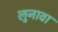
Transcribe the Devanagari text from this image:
लुनावा